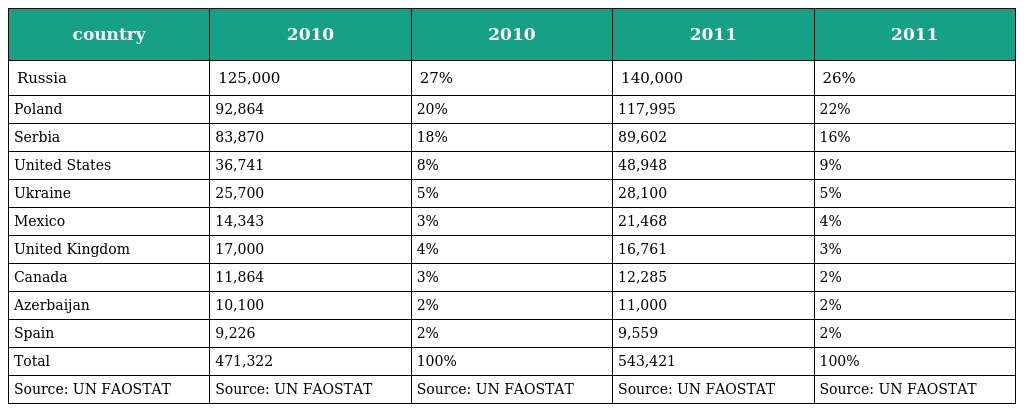
| country | 2010 | 2010 | 2011 | 2011 |
 | --- | --- | --- | --- | --- |
 | Russia | 125,000 | 27% | 140,000 | 26% |
 | Poland | 92,864 | 20% | 117,995 | 22% |
 | Serbia | 83,870 | 18% | 89,602 | 16% |
 | United States | 36,741 | 8% | 48,948 | 9% |
 | Ukraine | 25,700 | 5% | 28,100 | 5% |
 | Mexico | 14,343 | 3% | 21,468 | 4% |
 | United Kingdom | 17,000 | 4% | 16,761 | 3% |
 | Canada | 11,864 | 3% | 12,285 | 2% |
 | Azerbaijan | 10,100 | 2% | 11,000 | 2% |
 | Spain | 9,226 | 2% | 9,559 | 2% |
 | Total | 471,322 | 100% | 543,421 | 100% |
 | Source: UN FAOSTAT | Source: UN FAOSTAT | Source: UN FAOSTAT | Source: UN FAOSTAT | Source: UN FAOSTAT |